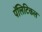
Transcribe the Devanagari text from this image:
पॅलिटिकल